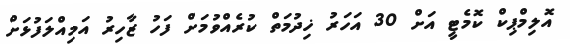
އޮލިމްޕިކް ކޮމެޓީ އަށް 30 އަހަރު ޚިދުމަތް ކުރެއްވުމަށް ފަހު ޒާހިރު އަމިއްލަފުޅަށް